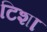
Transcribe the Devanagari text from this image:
टिशा